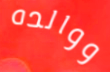
ووالده